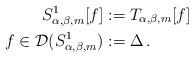
\begin{align*}S^1_{\alpha,\beta,m}[f]&:= T_{\alpha,\beta,m}[f] \\f\in \mathcal{D}(S^1_{\alpha,\beta,m})&:=\Delta\,. \end{align*}